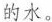
的水。